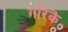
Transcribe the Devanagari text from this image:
गरिकॆ